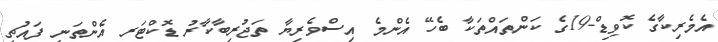
އެމެރިކާގެ ކޮވިޑް-19ގެ ކަންތައްތަކާ ބެހޭ އެންމެ އިސްވެރިޔާ ތަޖުރިބާކާރު ޑޮކްޓަރ އެންތަނީ ފައުޗީ